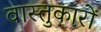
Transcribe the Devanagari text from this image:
वास्‍तुकारों